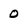
Character: 0